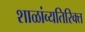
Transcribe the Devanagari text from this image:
शाळांव्यतिरिक्त